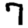
Digit: 7